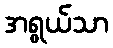
အရွယ်သာ